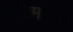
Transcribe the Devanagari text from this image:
गतिमापन